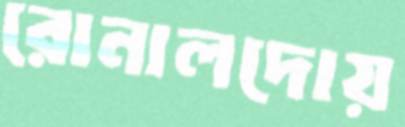
রোনালদোয়